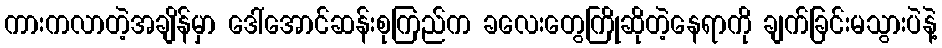
ကားကလာတဲ့အချိန်မှာ ဒေါ်အောင်ဆန်းစုကြည်က ခလေးတွေကြိုဆိုတဲ့နေရာကို ချက်ခြင်းမသွားပဲနဲ့